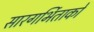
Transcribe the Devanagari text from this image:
सारगर्भिताको